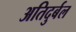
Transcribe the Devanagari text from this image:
अतिदुर्बल